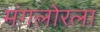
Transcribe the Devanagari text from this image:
मंगलोरला